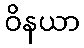
ဝိနယာ